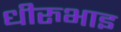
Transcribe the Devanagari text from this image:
धीरुभाइ